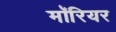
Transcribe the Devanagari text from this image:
मॉरियर